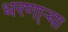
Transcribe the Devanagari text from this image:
धरणा्र्‍या